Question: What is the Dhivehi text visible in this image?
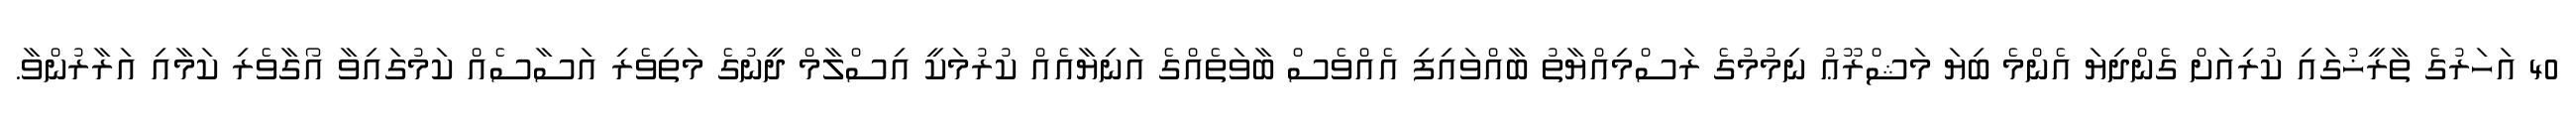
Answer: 40 އަހަރުގެ ތާރީޚުގައި ކުރިއަށް ގެންދިޔަ އެންމެ ބިޔަ މަޝްރޫޢު ނިމުމުގެ ރަސްމިއްޔާތު ބާއްވައިފި އެއްވެސް ބާވަތެއްގެ އަނިޔާއެއް ކުރުމަކީ އިސްލާމް ދީނުގެ މަތިވެރި އަސާސެއް ކަމުގައިވާ އޯގާވެރި ކަމާއި އަރާރުންވާ.